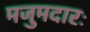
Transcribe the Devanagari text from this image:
मजुमदारः